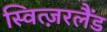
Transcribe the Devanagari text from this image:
स्वित्ज़रलैंड